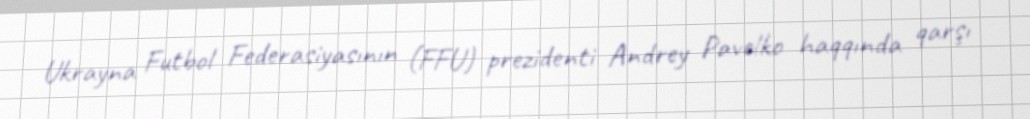
Ukrayna Futbol Federasiyasının (FFU) prezidenti Andrey Pavelko haqqında qarşı